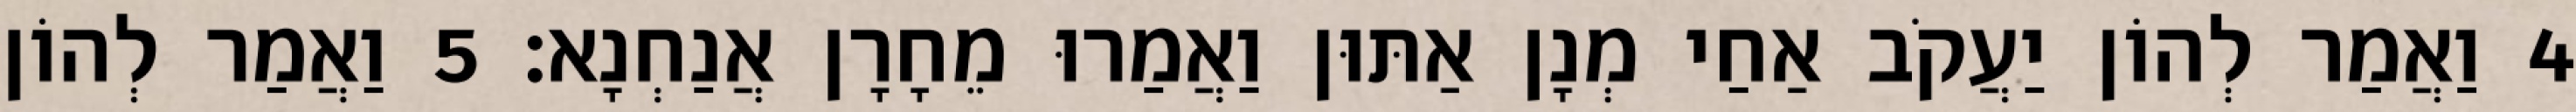
4 וַאֲמַר לְהוֹן יַעֲקֹב אַחַי מְנָן אַתּוּן וַאֲמַרוּ מֵחָרָן אֲנַחְנָא׃ 5 וַאֲמַר לְהוֹן